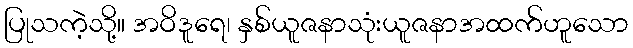
ပြုသကဲ့သို့။ အဝိဒူရေ၊ နှစ်ယူဇနာသုံးယူဇနာအထက်ဟူသော